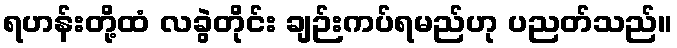
ရဟန်းတို့ထံ လခွဲတိုင်း ချဉ်းကပ်ရမည်ဟု ပညတ်သည်။